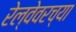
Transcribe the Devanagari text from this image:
रेल्वेवरच्या